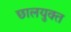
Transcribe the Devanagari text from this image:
छालयुक्त